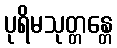
ပုရိမသုတ္တန္တေ